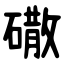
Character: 䃟